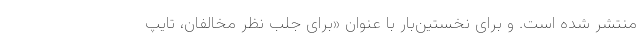
منتشر شده است. و برای نخستین‌بار با عنوان «برای جلب نظر مخالفان، تایپ